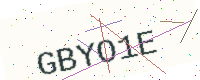
Text: GBYO1E